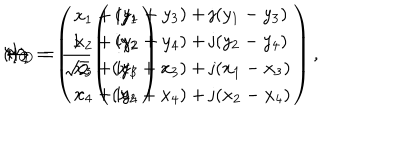
LaTeX: ( I ) \hspace { 3 m m } \Psi _ { \bf C } = \left( \begin{array} { c } { { x _ { 1 } + \mathrm { i } y _ { 1 } } } \\ { { x _ { 2 } + \mathrm { i } y _ { 2 } } } \\ { { x _ { 3 } + \mathrm { i } y _ { 3 } } } \\ { { x _ { 4 } + \mathrm { i } y _ { 4 } } } \\ \end{array} \right) \hspace { 5 m m } \leftrightarrow \hspace { 5 m m } \Psi _ { \bf D } = \frac { 1 } { \sqrt { 2 } } \left( \begin{array} { c } { { ( y _ { 1 } + y _ { 3 } ) + \mathrm { j } ( y _ { 1 } - y _ { 3 } ) } } \\ { { ( y _ { 2 } + y _ { 4 } ) + \mathrm { j } ( y _ { 2 } - y _ { 4 } ) } } \\ { { ( x _ { 1 } + x _ { 3 } ) + \mathrm { j } ( x _ { 1 } - x _ { 3 } ) } } \\ { { ( x _ { 2 } + x _ { 4 } ) + \mathrm { j } ( x _ { 2 } - x _ { 4 } ) } } \\ \end{array} \right) ,